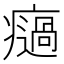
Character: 𤻌